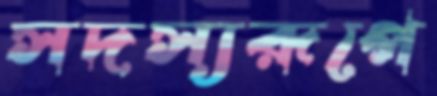
সদস্যরূপে